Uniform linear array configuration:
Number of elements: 8
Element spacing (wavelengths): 0.5
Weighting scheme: exponential
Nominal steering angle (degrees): -15
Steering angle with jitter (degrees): -14.33
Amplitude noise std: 0.05
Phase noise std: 0.05

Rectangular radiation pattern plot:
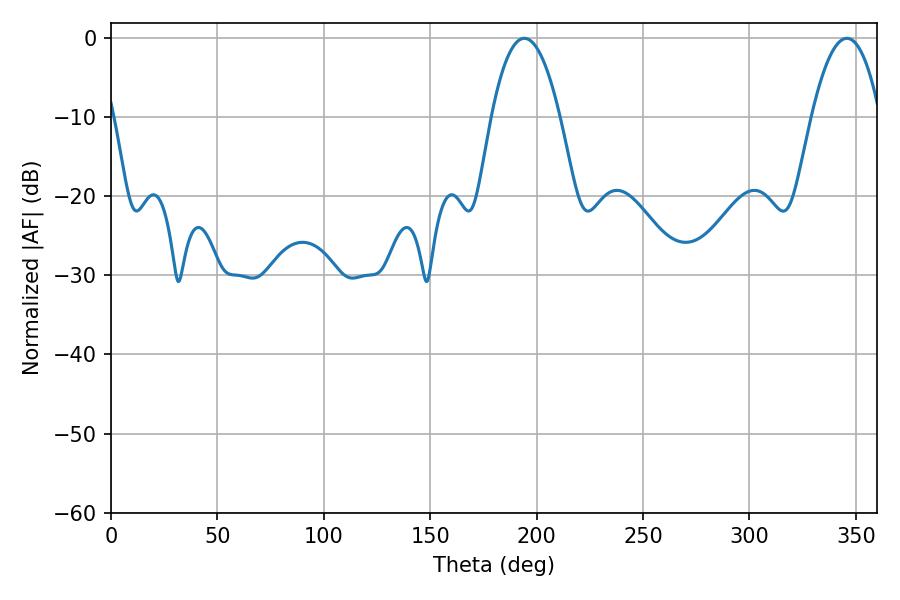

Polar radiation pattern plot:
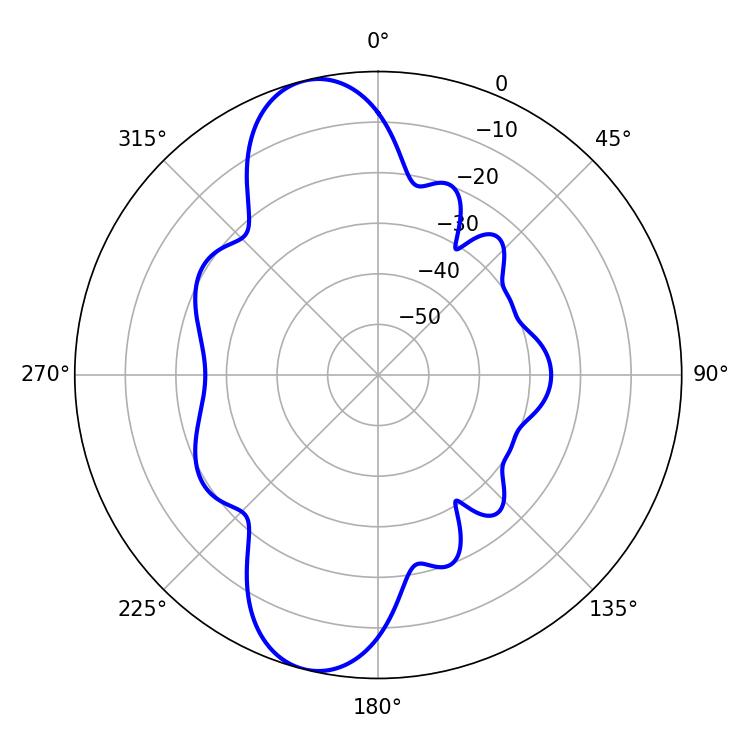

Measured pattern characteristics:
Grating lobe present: FALSE
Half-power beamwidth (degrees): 17.82
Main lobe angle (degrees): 194.22